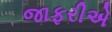
જાફરીએ